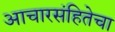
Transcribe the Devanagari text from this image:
आचारसंहितेचा